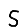
Digit: 5